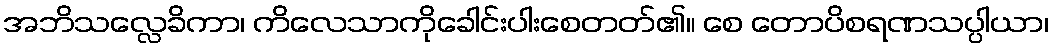
အဘိသလ္လေခိကာ၊ ကိလေသာကိုခေါင်းပါးစေတတ်၏။ စေ တောပိစရဏသပ္ပါယာ၊